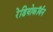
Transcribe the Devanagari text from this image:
रेडियोकॉर्बन